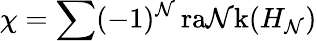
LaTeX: \chi=\sum(-1)^{\mathcal{N}}\, \mathrm{{ra\mathcal{N}k}}(H_{\mathcal{N}})